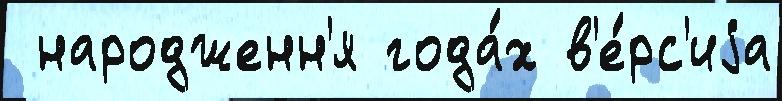
 народженн'я года́х в'е́рс'иjа